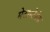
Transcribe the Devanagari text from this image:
मेटास्टेसेस